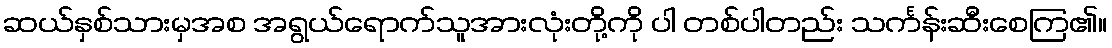
ဆယ်နှစ်သားမှအစ အရွယ်ရောက်သူအားလုံးတို့ကို ပါ တစ်ပါတည်း သင်္ကန်းဆီးစေကြ၏။